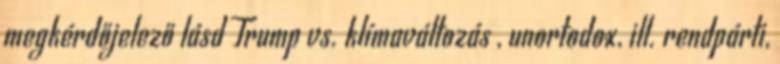
megkérdőjelező lásd Trump vs. klímaváltozás , unortodox, ill. rendpárti,